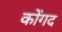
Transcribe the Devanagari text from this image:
कोंगद